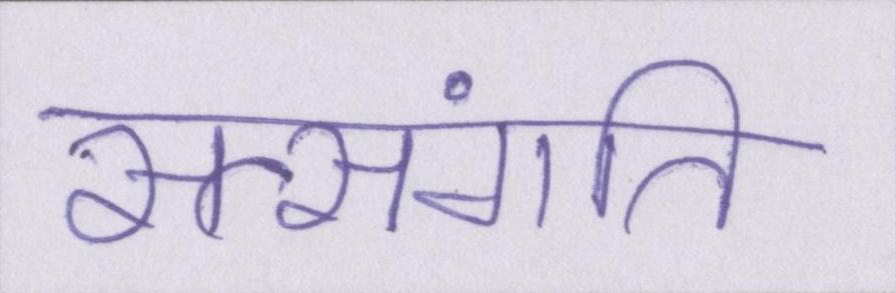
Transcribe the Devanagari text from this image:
सत्संगति